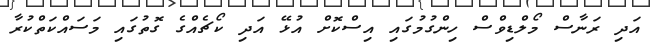
އަދި ރަނާސް މޯލްޑިވްސް ހިންގުމުގައި އިސްކޮށް އުޅޭ އަދި ކޯޗެއްގެ ގޮތުގައި މަސައްކަތްކުރާ